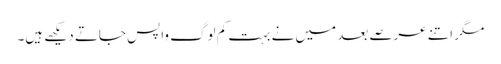
مگر اتنے عرصے بعد میں نے بہت کم لوگ واپس جاتے دیکھے ہیں۔